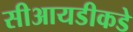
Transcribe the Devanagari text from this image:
सीआयडीकडे